65_HS1-834228961_62-HQ-83894_Serial_164
Agency: FBI
Page 94
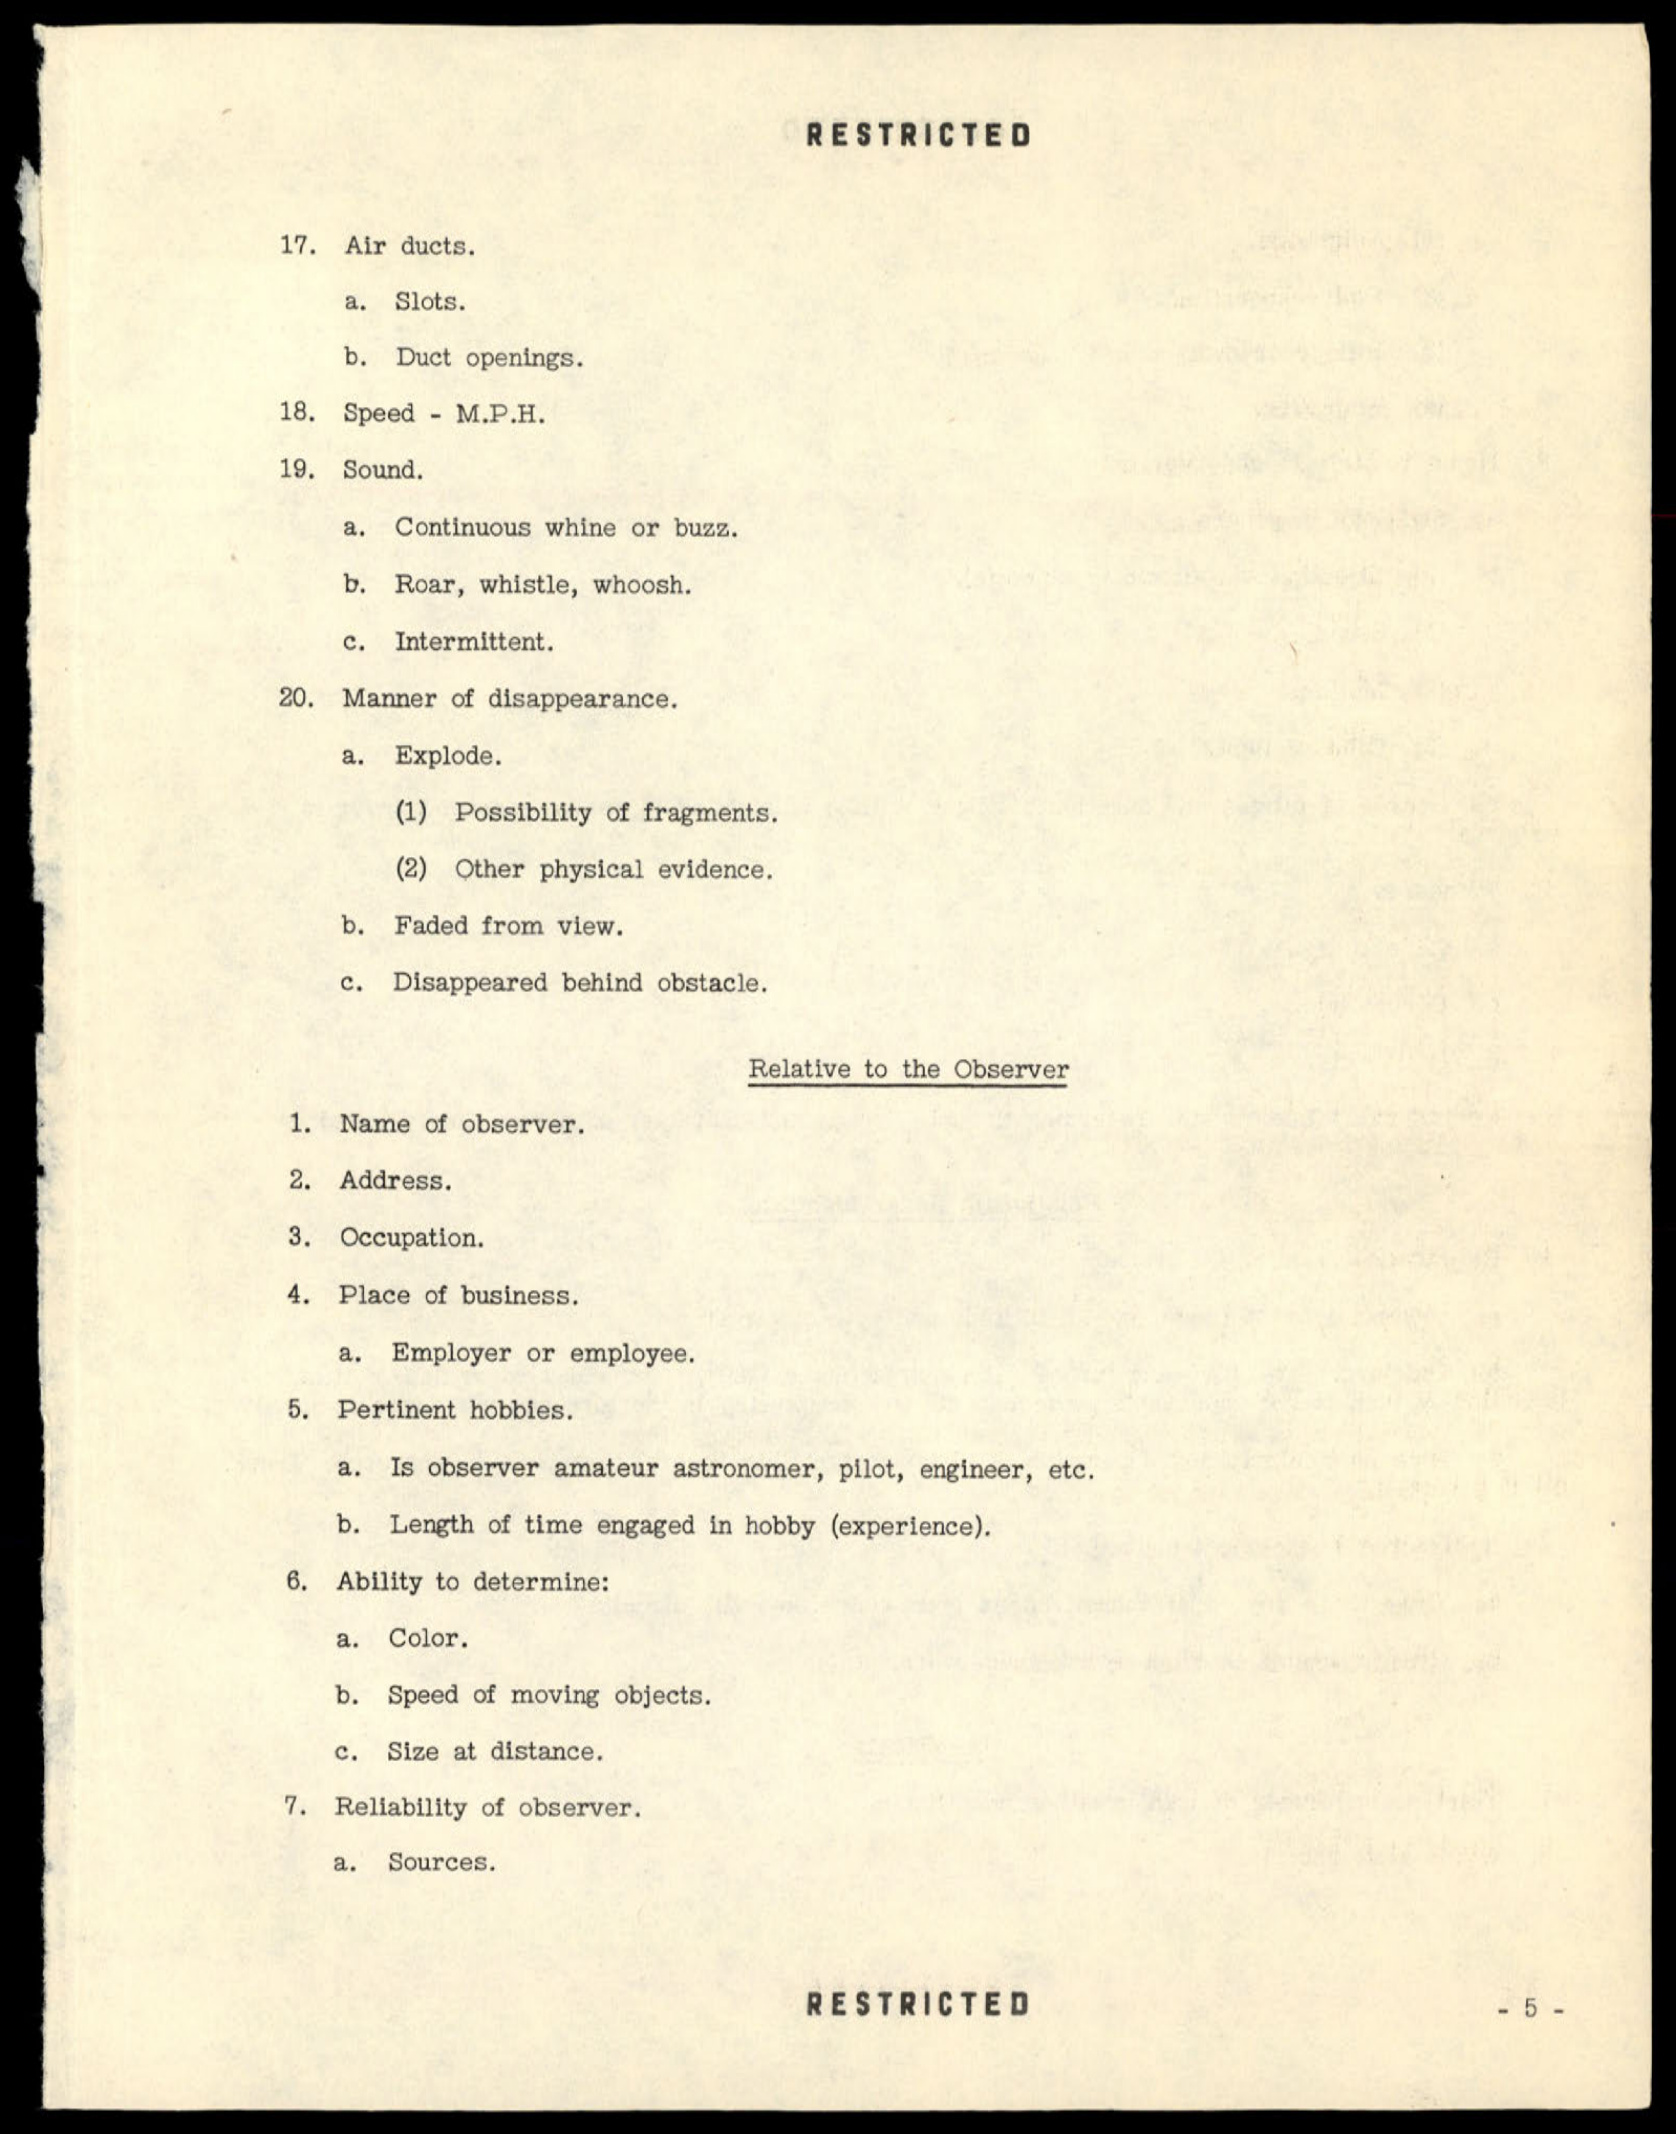